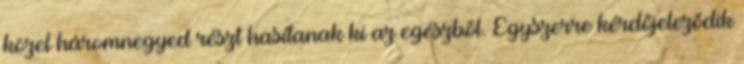
közel háromnegyed részt hasítanak ki az egészből. Egyszerre kérdőjeleződik